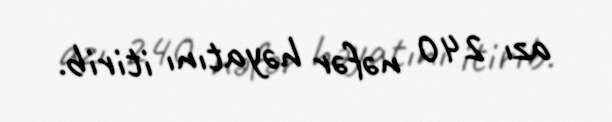
azı 240 nəfər həyatını itirib.